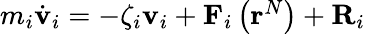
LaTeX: \begin{array}{r}{m_{i}\dot{\mathbf{v}}_{i}=-\zeta_{i}\mathbf{v}_{i}+\mathbf{F}_{i}\left(\mathbf{r}^{N}\right)+\mathbf{R}_{i}}\end{array}